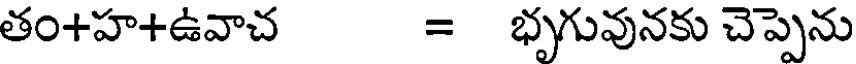
తం+హ+ఉవాచ = భృగువునకు చెప్పెను